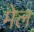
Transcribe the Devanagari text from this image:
मेल